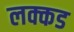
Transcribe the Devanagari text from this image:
लक्कड